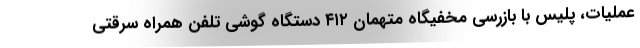
عملیات، پلیس با بازرسی مخفیگاه متهمان ۴۱۲ دستگاه گوشی تلفن همراه سرقتی